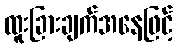
ထူးခြားချက်အနေဖြင့်